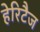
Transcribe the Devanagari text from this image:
हेरिटैज